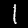
Label: 1